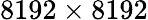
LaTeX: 8192\times 8192